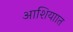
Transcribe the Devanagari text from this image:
आशियाात